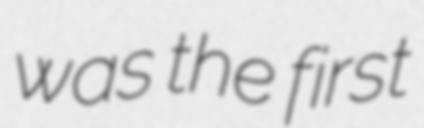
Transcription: was the first